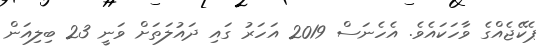
ޕެކޭޖެއްގެ ވާހަކައެވެ. އެހެނަސް 2019 އަހަރު ގައި ދައުލަތަށް ވަނީ 23 ބިލިއަން